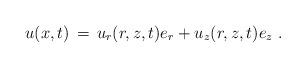
LaTeX: \begin{align*} u(x,t) \,=\, u_r(r,z,t) e_r + u_z(r,z,t) e_z~.\end{align*}